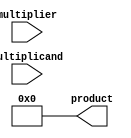
module booth_multiplier(
  input [7:0] multiplicand,
  input [7:0] multiplier,
  output reg [15:0] product
);

reg [7:0] a;
reg [7:0] m;
reg [4:0] count;

always @(*) begin
  a = multiplicand;
  m = multiplier;
  count = 5;
  product = 16'b0;
end

always @(posedge clk) begin
  if (count == 0) begin
    product = {product[15], product[15:8] + a};
    count = 5;
  end else begin
    if (m[0] == 1 && a[0] == 0)
      product = product + a;
    else if (m[0] == 0 && a[0] == 1)
      product = product - a;
    
    if (product[0] == 1)
      product = product + (m << 8);
    else
      product = product - (m << 8);
      
    m = m >> 1;
    count = count - 1;
  end
end

endmodule